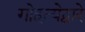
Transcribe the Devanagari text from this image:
गोहत्येद्वारे